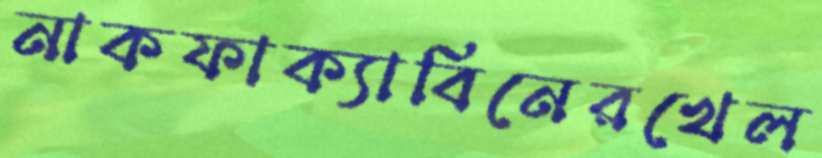
নাকফাক্যাবিনেরখেল